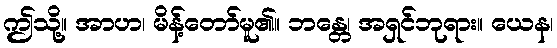
ဤသို့။ အာဟ၊ မိန့်တော်မူ၏။ ဘန္တေ၊ အရှင်ဘုရား။ ယေန၊